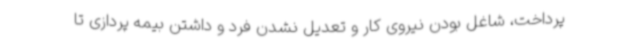
پرداخت، شاغل بودن نیروی کار و تعدیل نشدن فرد و داشتن بیمه پردازی تا